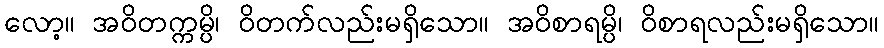
လော့။ အဝိတက္ကမ္ပိ၊ ဝိတက်လည်းမရှိသော။ အဝိစာရမ္ပိ၊ ဝိစာရလည်းမရှိသော။